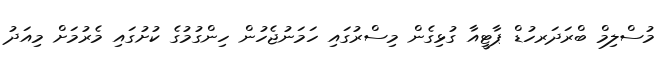
މުސްލިމް ބްރަދަރހުޑް ޕާޓީއާ ގުޅިގެން މިސްރުގައި ހަމަނުޖެހުން ހިންގުމުގެ ކުށުގައި މެރުމަށް މިއަދު